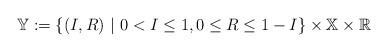
LaTeX: \begin{align*} \mathbb{Y}:=\{(I,R) \ | \ 0<I\leq 1, 0\leq R\leq 1-I\} \times \mathbb{X} \times \mathbb{R}\end{align*}